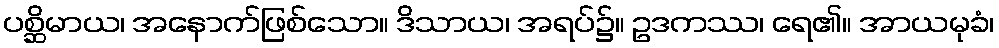
ပစ္ဆိမာယ၊ အနောက်ဖြစ်သော။ ဒိသာယ၊ အရပ်၌။ ဥဒကဿ၊ ရေ၏။ အာယမုခံ၊